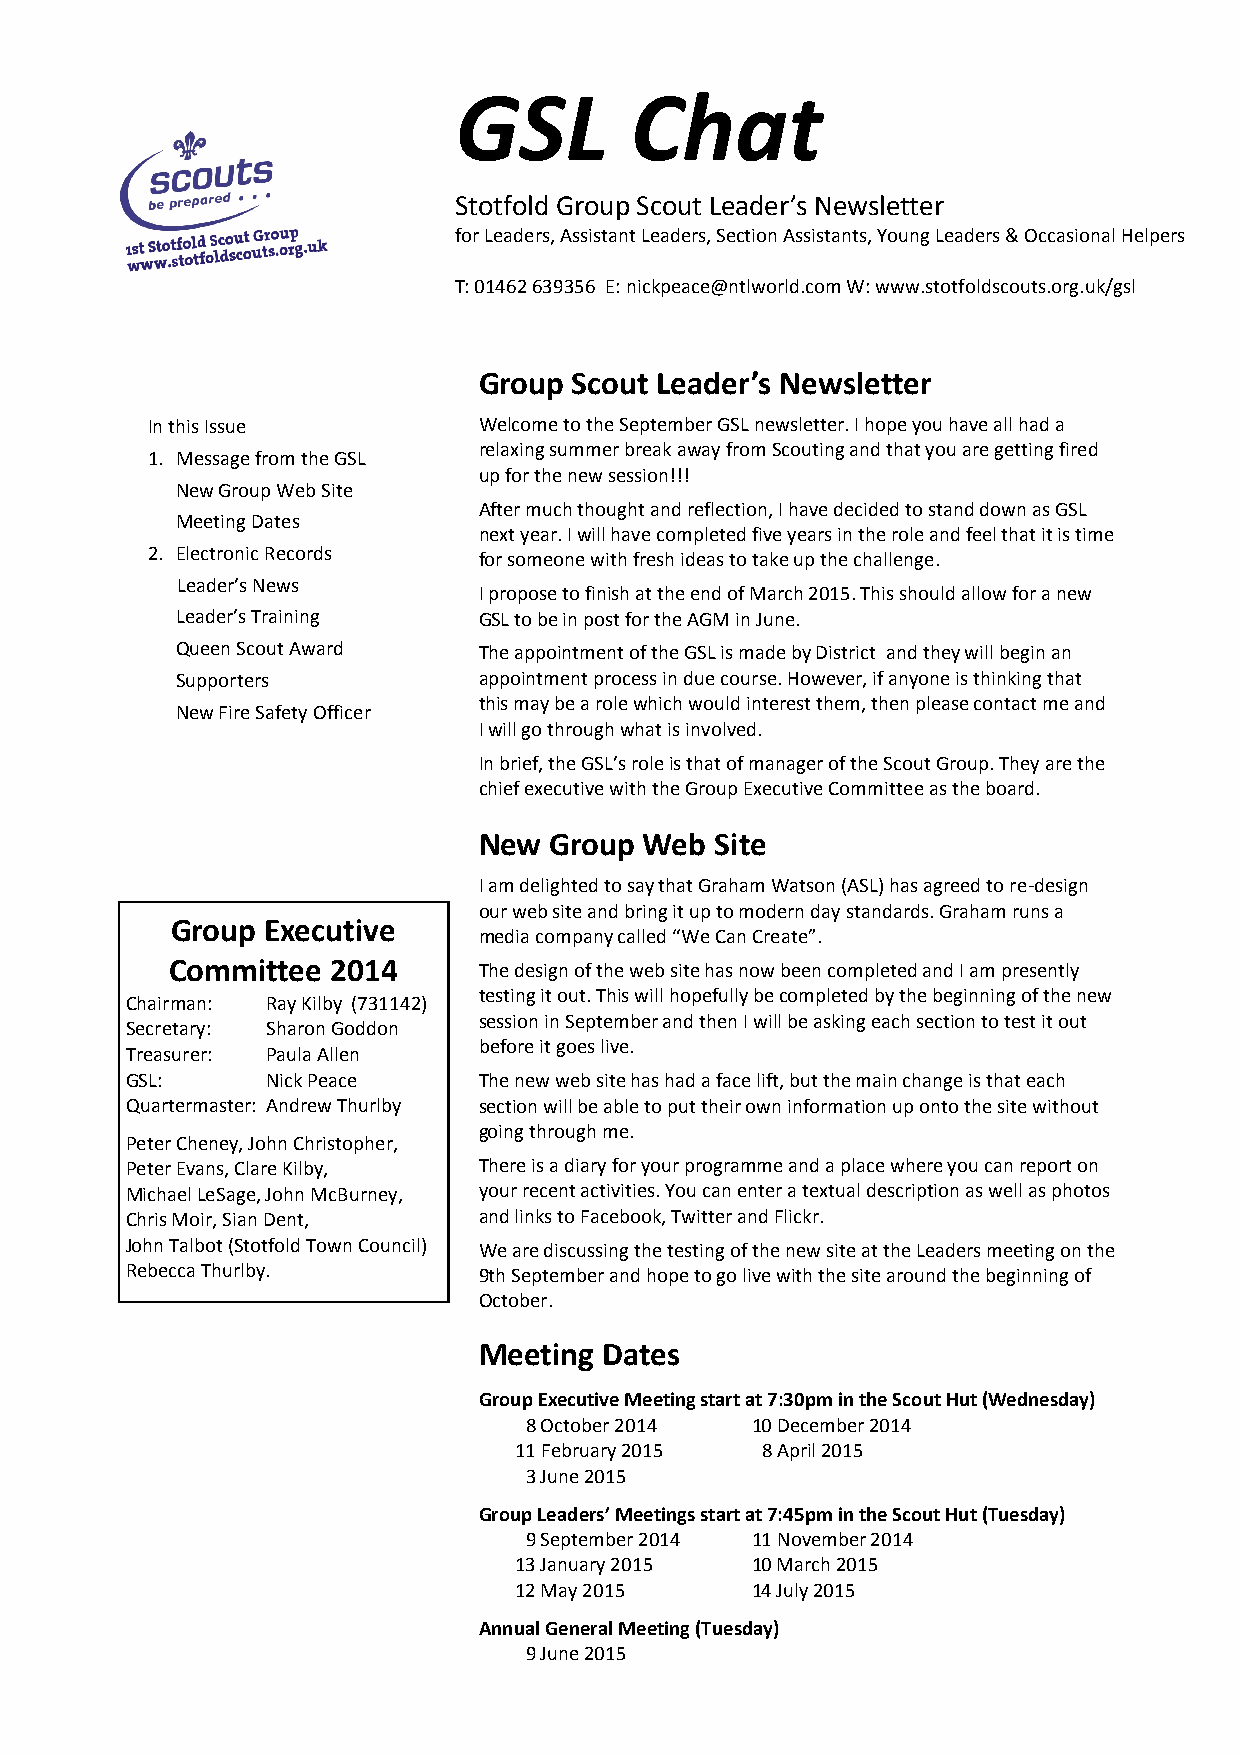
GSL         Chat
 Stotfold Group Scout Leader’s Newsletter
 for Leaders, Assistant Leaders, Section Assistants, Young Leaders & Occasional Helpers
 T: 01462 639356 E: nickpeace@ntlworld.com W: www.stotfoldscouts.org.uk/gsl
 Group Scout Leader’s Newsletter
 In this Issue         Welcome to the September GSL newsletter. I hope you have all had a
 relaxing summer break away from Scouting and that you are getting fired
 1. Message from the GSL
 up for the new session!!!
 New Group Web Site
 After much thought and reflection, I have decided to stand down as GSL
 Meeting Dates
 next year. I will have completed five years in the role and feel that it is time
 2. Electronic Records for someone with fresh ideas to take up the challenge.
 Leader’s News
 I propose to finish at the end of March 2015. This should allow for a new
 Leader’s Training   GSL to be in post for the AGM in June.
 Queen Scout Award   The appointment of the GSL is made by District and they will begin an
 Supporters          appointment process in due course. However, if anyone is thinking that
 this may be a role which would interest them, then please contact me and
 New Fire Safety Officer
 I will go through what is involved.
 In brief, the GSL’s role is that of manager of the Scout Group. They are the
 chief executive with the Group Executive Committee as the board.
 New Group  Web Site
 I am delighted to say that Graham Watson (ASL) has agreed to re-design
 our web site and bring it up to modern day standards. Graham runs a
 Group Executive
 media company called “We Can Create”.
 Committee  2014      The design of the web site has now been completed and I am presently
 testing it out. This will hopefully be completed by the beginning of the new
 Chairman: Ray Kilby (731142)
 session in September and then I will be asking each section to test it out
 Secretary: Sharon Goddon
 before it goes live.
 Treasurer: Paula Allen
 GSL:      Nick Peace    The new web site has had a face lift, but the main change is that each
 Quartermaster: Andrew Thurlby section will be able to put their own information up onto the site without
 going through me.
 Peter Cheney, John Christopher,
 Peter Evans, Clare Kilby, There is a diary for your programme and a place where you can report on
 Michael LeSage, John McBurney, your recent activities. You can enter a textual description as well as photos
 Chris Moir, Sian Dent,  and links to Facebook, Twitter and Flickr.
 John Talbot (Stotfold Town Council) We are discussing the testing of the new site at the Leaders meeting on the
 Rebecca Thurlby.        9th September and hope to go live with the site around the beginning of
 October.
 Meeting Dates
 Group Executive Meeting start at 7:30pm in the Scout Hut (Wednesday)
 8 October 2014 10 December 2014
 11 February 2015 8 April 2015
 3 June 2015
 Group Leaders’ Meetings start at 7:45pm in the Scout Hut (Tuesday)
 9 September 2014 11 November 2014
 13 January 2015 10 March 2015
 12 May 2015     14 July 2015
 Annual General Meeting (Tuesday)
 9 June 2015